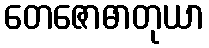
တေဇောဓာတုယာ